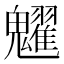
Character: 𩴹